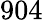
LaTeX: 904